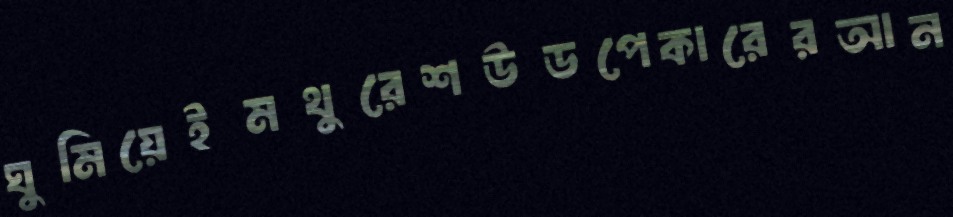
ঘুমিয়েইমথুরেশউডপেকারেরআন